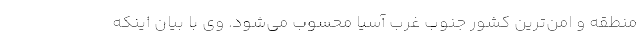
منطقه و امن‌ترین کشور جنوب غرب آسیا محسوب می‌شود. وی با بیان اینکه